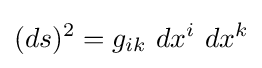
(ds)^{2}=g_{ik}\ dx^{i}\ dx^{k}